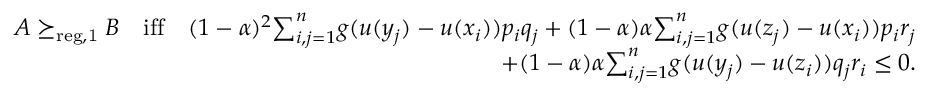
\begin{array} { r l r } & { } & { A \succeq _ { \mathrm { r e g , 1 } } B \quad \mathrm { i f f } \quad ( 1 - \alpha ) ^ { 2 } { \sum } _ { i , j = 1 } ^ { n } g ( u ( y _ { j } ) - u ( x _ { i } ) ) p _ { i } q _ { j } + ( 1 - \alpha ) \alpha { \sum } _ { i , j = 1 } ^ { n } g ( u ( z _ { j } ) - u ( x _ { i } ) ) p _ { i } r _ { j } } \\ & { } & { + ( 1 - \alpha ) \alpha { \sum } _ { i , j = 1 } ^ { n } g ( u ( y _ { j } ) - u ( z _ { i } ) ) q _ { j } r _ { i } \leq 0 . } \end{array}